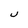
Character: J